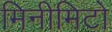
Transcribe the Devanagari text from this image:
मिनीमिटो